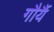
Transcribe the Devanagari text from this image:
गौर्यै